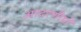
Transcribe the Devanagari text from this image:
आदरणीयों